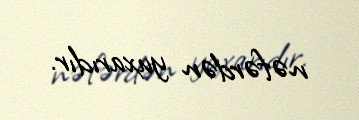
nəfərdən yuxarıdır.